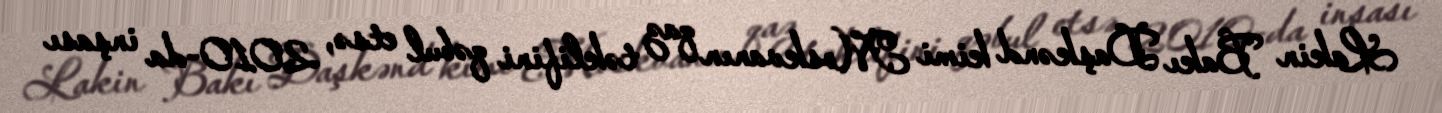
Lakin Bakı Daşkənd kimi Moskvanın qaz təklifini qəbul etsə, 2010-da inşası